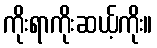
ကိုးရာကိုးဆယ့်ကိုး။